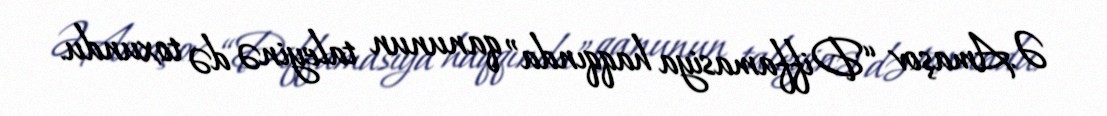
Ə.Amaşov “Diffamasiya haqqında” qanunun taleyinə də toxundu.